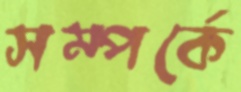
সম্পর্কে